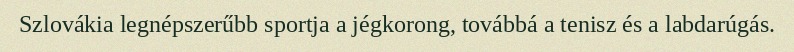
Szlovákia legnépszerűbb sportja a jégkorong, továbbá a tenisz és a labdarúgás.